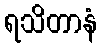
ရသိတာနံ